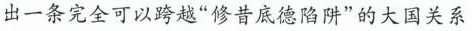
出一条完全可以跨越”修昔底德陷阱”的大国关系